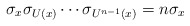
\begin{align*}\sigma_x\sigma_{U(x)}\cdots\sigma_{U^{n-1}(x)}=n\sigma_x\end{align*}